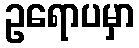
ဥရောပမှာ